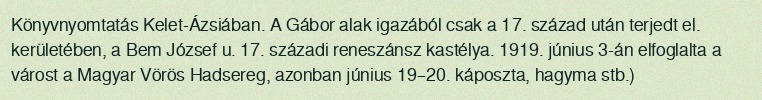
Könyvnyomtatás Kelet-Ázsiában. A Gábor alak igazából csak a 17. század után terjedt el. kerületében, a Bem József u. 17. századi reneszánsz kastélya. 1919. június 3-án elfoglalta a várost a Magyar Vörös Hadsereg, azonban június 19–20. káposzta, hagyma stb.)